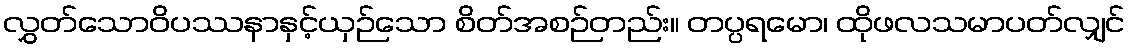
လွှတ်သောဝိပဿနာနှင့်ယှဉ်သော စိတ်အစဉ်တည်း။ တပ္ပရမော၊ ထိုဖလသမာပတ်လျှင်